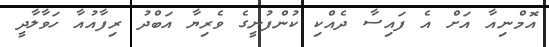
އޮމްނިއާ އަށް އެ ފައިސާ ދެއްކި ކުންފުނީގެ ވެރިޔާ އަބްދު ރިފާއުއާ ހަވާލާދީ